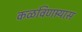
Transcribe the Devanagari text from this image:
कळविणार्‍यास